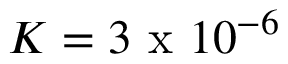
K = 3 \mathrm { ~ x ~ } 1 0 ^ { - 6 }